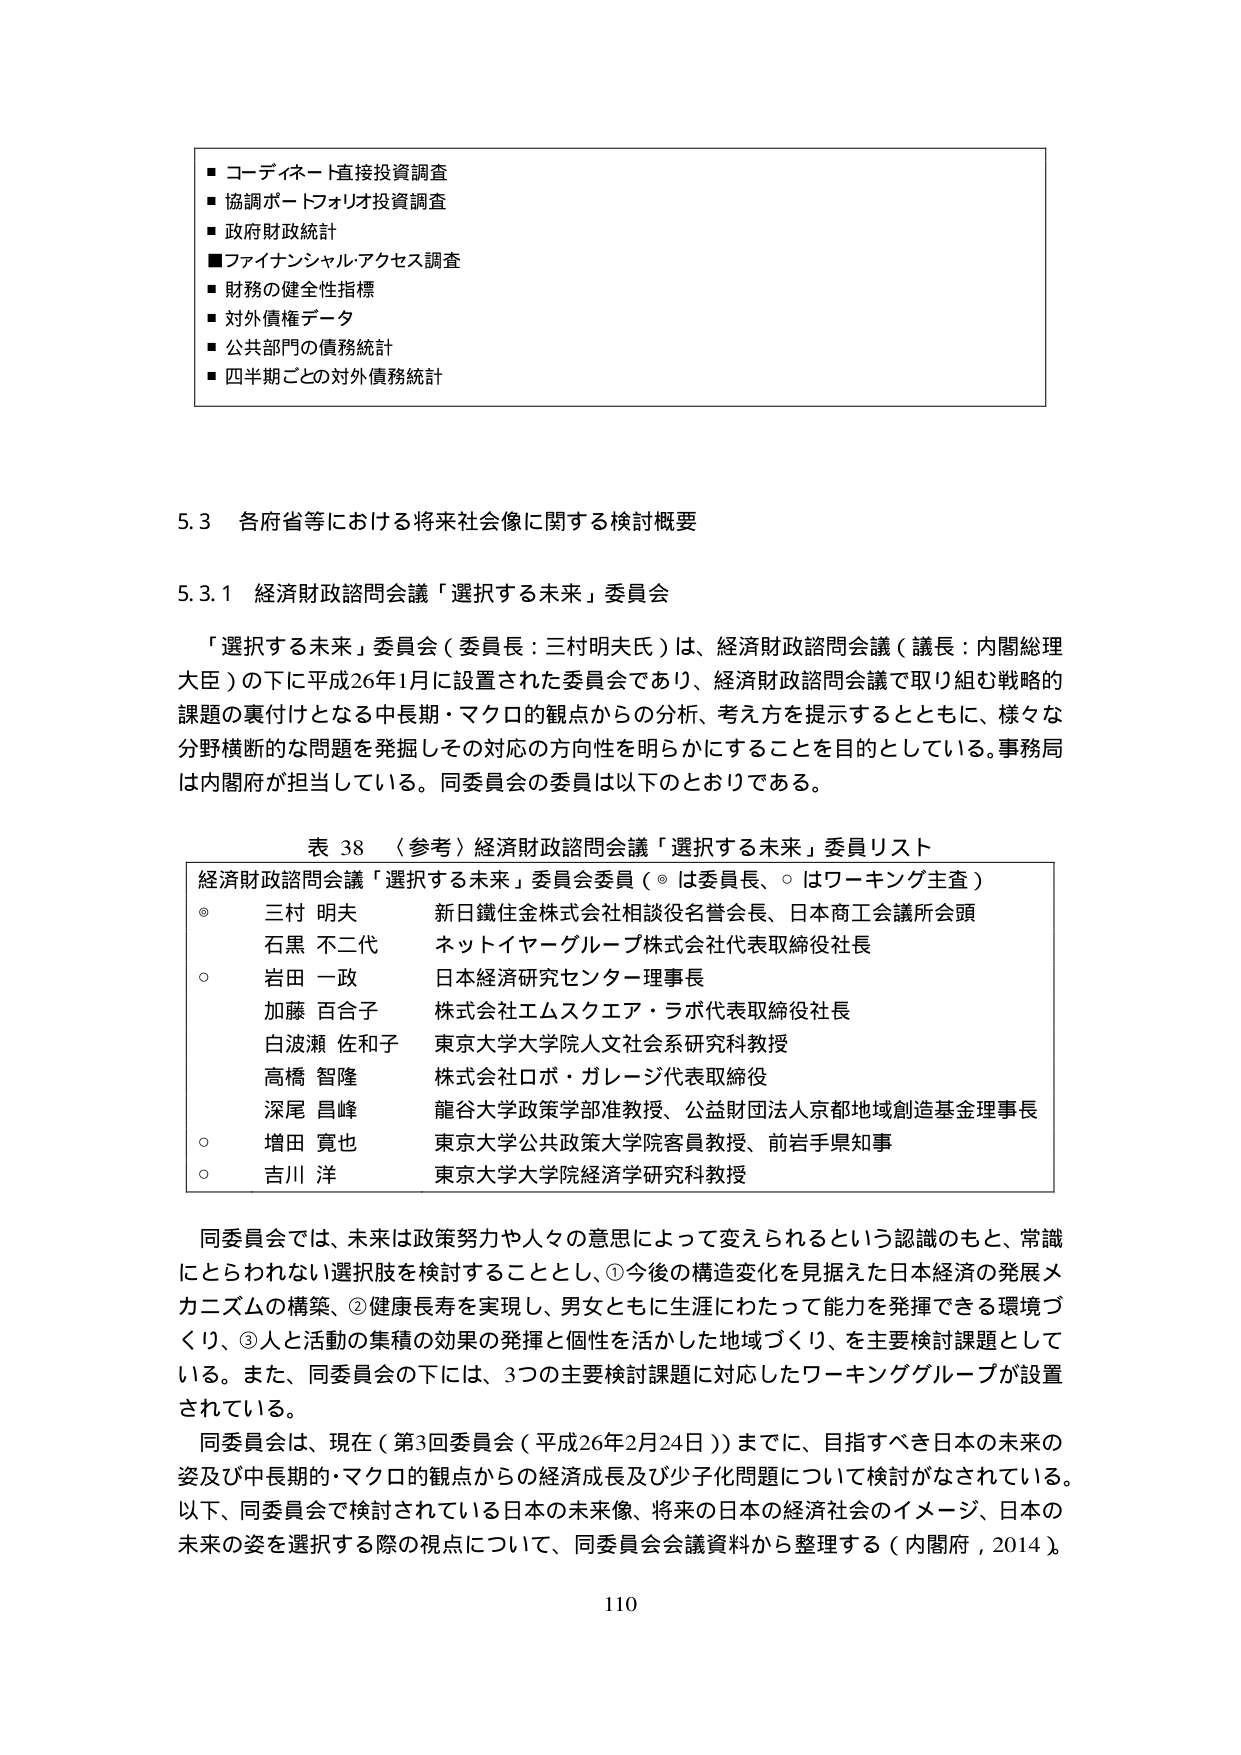
■ コーディネート直接投資調査
■ 協調ポートフォリオ投資調査
■ 政府財政統計
■ ファイナンシャルアクセス調査
■ 財務の健全性指標
■ 対外債権データ
■ 公共部門の債務統計
■ 四半期ごとの対外債務統計

5.3 各府省等における将来社会像に関する検討概要

5.3.1 経済財政諮問会議「選択する未来」委員会

「選択する未来」委員会（委員長：三村明夫氏）は、経済財政諮問会議（議長：内閣総理大臣）の下に平成26年1月に設置された委員会であり、経済財政諮問会議で取り組む戦略的課題の裏付けとなる中長期・マクロの観点からの分析、考え方を提示するとともに、様々な分野横断的な問題を発掘しその対応の方向性を明らかにすることを目的としている。事務局は内閣府が担当している。同委員会の委員は以下のとおりである。

表 38 （参考）経済財政諮問会議「選択する未来」委員リスト
経済財政諮問会議「選択する未来」委員会委員（◎は委員長、○はワーキング主査）
◎ 三村 明夫 新日鐵住金株式会社相談役名誉会長、日本商工会議所会頭
　 石黒 不二代 ネットイヤーグループ株式会社代表取締役社長
○ 岩田 一政 日本経済研究センター理事長
　 加藤 百合子 株式会社エムスクエア・ラボ代表取締役社長
　 白波瀬 佐和子 東京大学大学院人文社会系研究科教授
　 高橋 智隆 株式会社ロボ・ガレージ代表取締役
　 深尾 昌峰 龍谷大学政策学部准教授、公益財団法人京都地域創造基金理事長
○ 増田 寛也 東京大学公共政策大学院客員教授、前岩手県知事
○ 吉川 洋 東京大学大学院経済学研究科教授

同委員会では、未来は政策努力や人々の意思によって変えられるという認識のもと、常識にとらわれない選択肢を検討することとし、①今後の構造変化を見据えた日本経済の発展メカニズムの構築、②健康長寿を実現し、男女ともに生涯にわたって能力を発揮できる環境づくり、③人と活動の集積の効果の発揮と個性を活かした地域づくり、を主要検討課題としている。また、同委員会の下には、3つの主要検討課題に対応したワーキンググループが設置されている。

同委員会は、現在（第3回委員会（平成26年2月24日））までに、目指すべき日本の未来の姿及び中長期的・マクロの観点からの経済成長及び少子化問題について検討がなされている。以下、同委員会で検討されている日本の未来像、将来の日本の経済社会のイメージ、日本の未来の姿を選択する際の視点について、同委員会会議資料から整理する（内閣府，2014）。

110